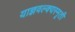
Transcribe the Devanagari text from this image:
याज्ञवल्क्यस्मृती